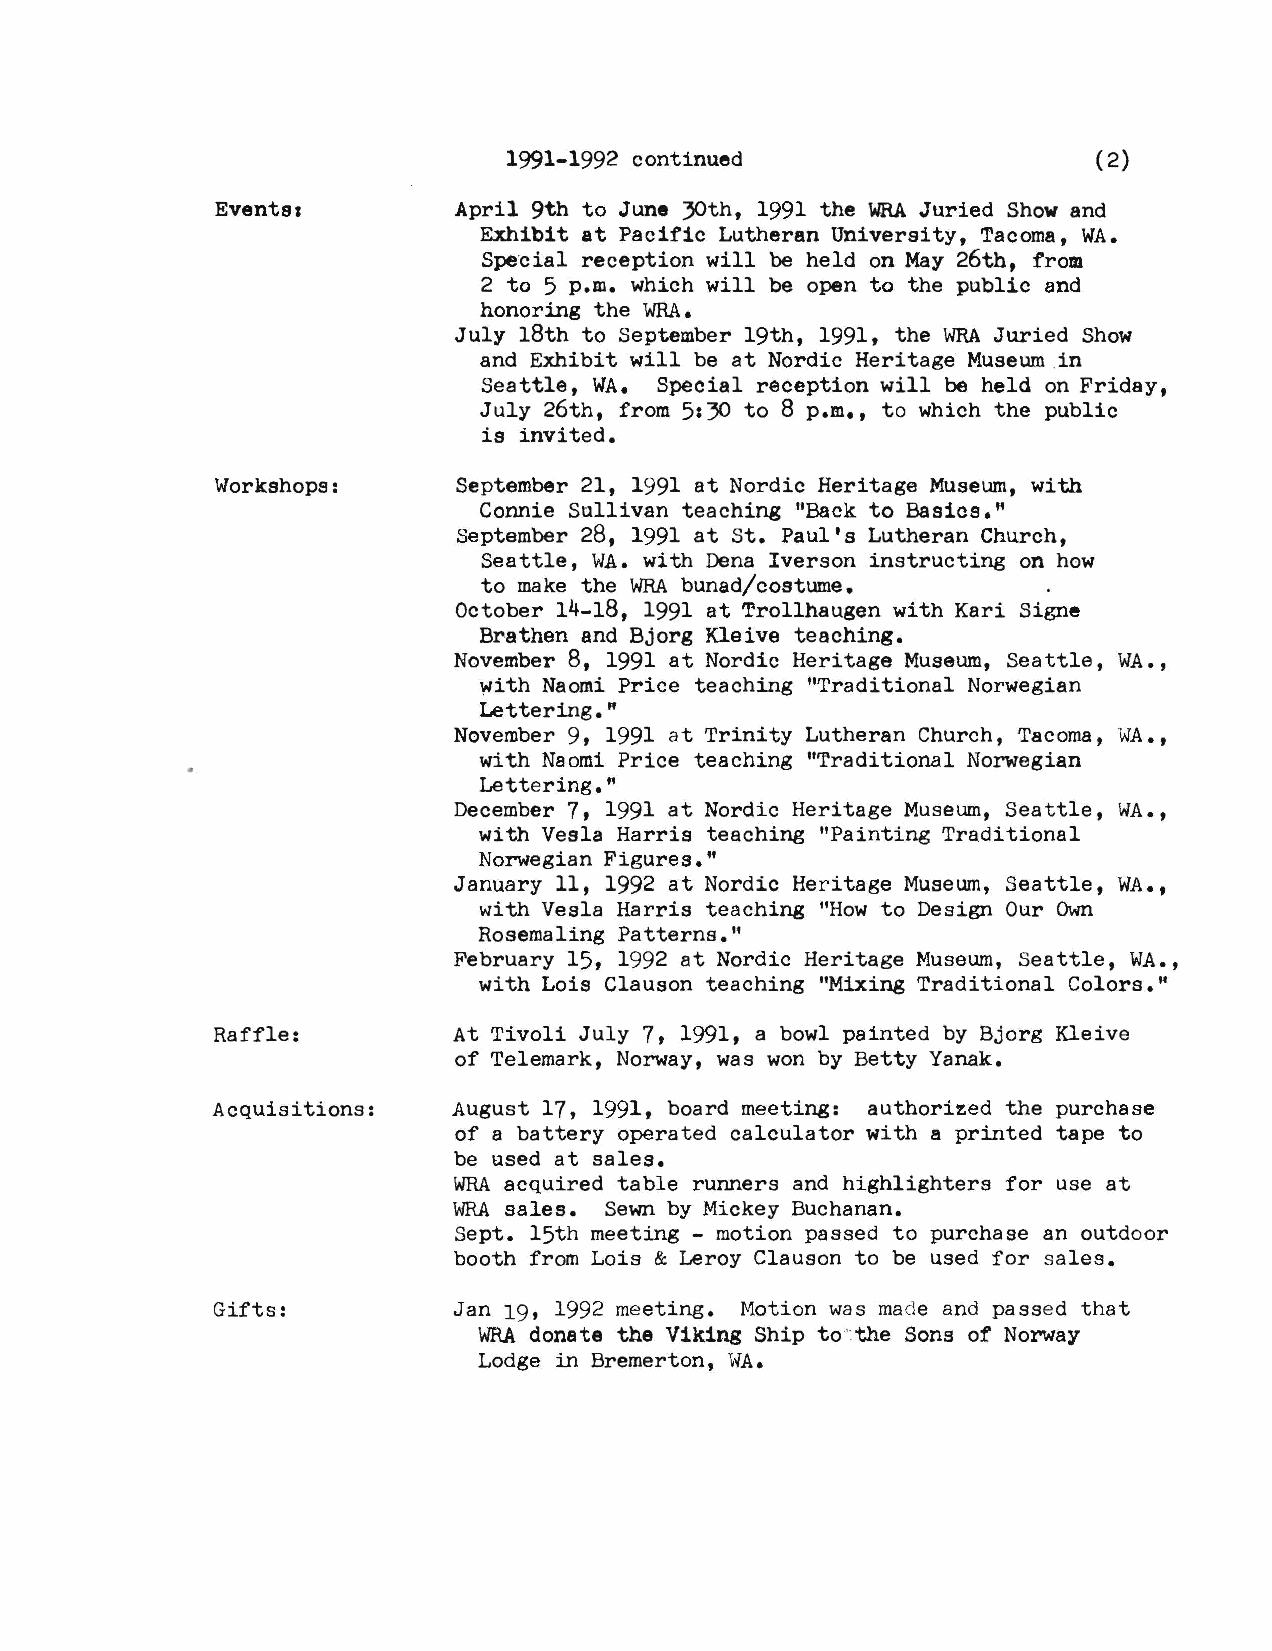
1991-1992 continued                    ( 2)
 Events,         April 9th to June 30th, 1991 the WRAJ uried Show and
 Exhibit at Pacific Lutheran University, Tacoma, WA.
 Special reception will be held on May 26th, from
 2 to 5 p.m. which will be open to the public and
 honoring the WRA.
 July 18th to September 19th, 1991, the WRAJ uried Show
 and Exhibit will be at Nordic Heritage Museum in
 Seattle, WA. Special reception will be held on Friday,
 July 26th, from 5:30 to 8 p.m., to which the public
 is invited.
 Workshops:      September 21, 1991 at Nordic Heritage Museum, with
 Connie Sullivan teaching tlBack to Basics."
 September 28, 1991 at St. Paul's Lutheran Church,
 Seattle, WA. with Dena Iverson instructing on how
 to make the WRAb unad/costume.
 October 14-18, 1991 at Trollhaugen with Kari Signe
 Brathen and Bjorg Kleive teaching.
 November 8, 1991 at Nordic Heritage Museum, Seattle, WA.,
 with Naomi Price teaching "Traditional Norwegian
 Lettering."
 November 9, 1991 at Trinity Lutheran Church, Tacoma, WA.,
 with Naomi Price teaching "Traditional Norwegian
 Lettering."
 December 7, 1991 at Nordic Heritage Museum, Seattle, WA.,
 with Vesla Harris teaching "Painting Traditional
 Norwegian Figures."
 January 11, 1992 at Nordic Heritage Museum, Seattle, WA.,
 with Vesla Harris teaching "How to Design Our Own
 Rosemaling Patterns."
 February 15, 1992 at Nordic Heritage Museum, Seattle, WA.,
 with Lois Clauson teaching "Mixing Traditional Colors."
 Raffle:         At Tivoli July 7, 1991, a bowl painted by Bjorg Kleive
 of Telemark, Norway, was won by Betty Yanak.
 Acquisitions:   August 17, 1991, board meeting: authorized the purchase
 of a battery operated calculator with a printed tape to
 be used at sales.
 WRAa cquired table runners and highlighters for use at
 WRAs ales. Sewn by Mickey Buchanan.
 Sept. 15th meeting - motion passed to purchase an outdoor
 booth from Lois & Leroy Clauson to be used for sales.
 Gifts:          Jan 19, 1992 meeting. Motion was made and passed that
 WRAd onate the Viking Ship to·:the Sons of Norway
 Lodge in Bremerton, WA.